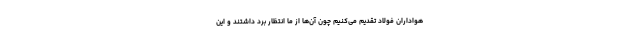
هواداران فولاد تقدیم می‌کنیم چون آن‌ها از ما انتظار برد داشتند و این